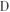
D